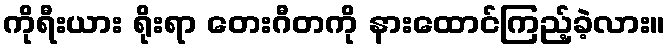
ကိုရီးယား ရိုးရာ တေးဂီတကို နားထောင်ကြည့်ခဲ့လား။